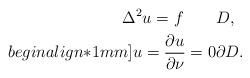
LaTeX: \begin{align*}\Delta^2 u=f \qquad& D,\\begin{align*}1mm]u=\frac{\partial u}{\partial \nu} = 0 & \partial D.\end{align*}